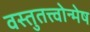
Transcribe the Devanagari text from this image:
वस्तुतत्त्वोन्मेष